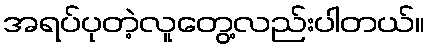
အရပ်ပုတဲ့လူတွေ့လည်းပါတယ်။